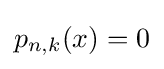
p_{n,k}(x)=0